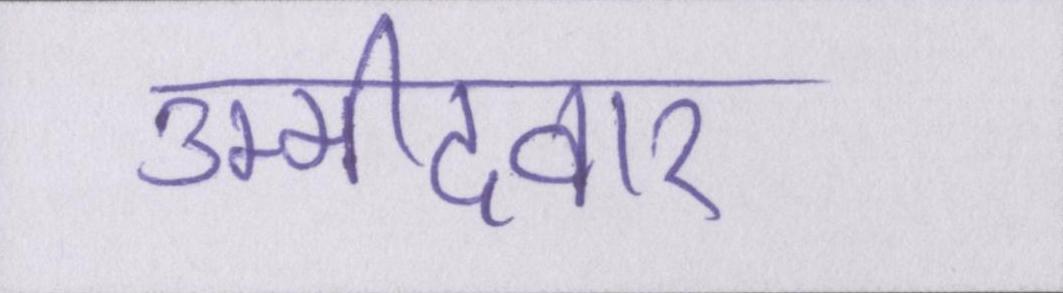
उम्मीदवार